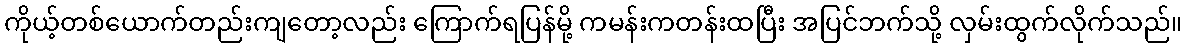
ကိုယ့်တစ်ယောက်တည်းကျတော့လည်း ကြောက်ရပြန်မို့ ကမန်းကတန်းထပြီး အပြင်ဘက်သို့ လှမ်းထွက်လိုက်သည်။